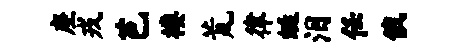
座戎芭楼荒律蜓泪任俄